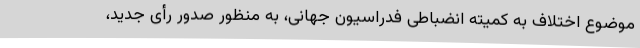
موضوع اختلاف به کمیته انضباطی فدراسیون جهانی، به منظور صدور رأی جدید،